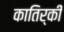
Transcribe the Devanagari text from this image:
कातिर्की